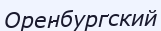
Оренбургский